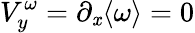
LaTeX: V_{y}^{\omega}=\partial_{\mathit{x}}\langle\omega\rangle=0